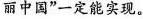
丽中国”一定能实现。